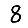
Digit: 8